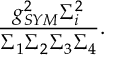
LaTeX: \frac { g _ { S Y M } ^ { 2 } \Sigma _ { i } ^ { 2 } } { \Sigma _ { 1 } \Sigma _ { 2 } \Sigma _ { 3 } \Sigma _ { 4 } } .